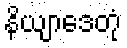
နိယျာဒေတုံ